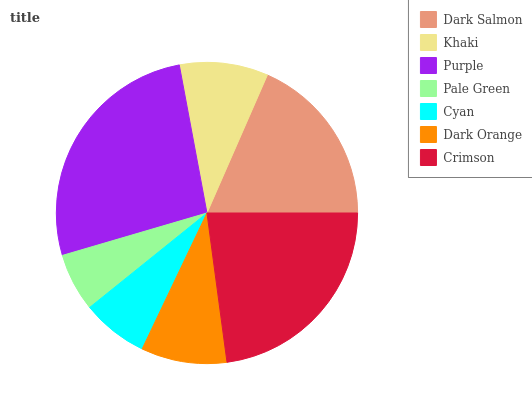
| Dark Salmon | Khaki | Purple | Pale Green | Cyan | Dark Orange | Crimson |
 | --- | --- | --- | --- | --- | --- | --- |
 | 18.5% | 9.5% | 26.6% | 6.25% | 7.13% | 9.2% | 22.9% |